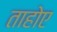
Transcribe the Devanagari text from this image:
ताहोए